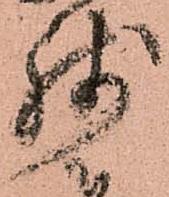
残